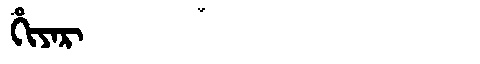
Manchu: ᡥᡳᠶᠠᡵ
Romanization: HIYAR